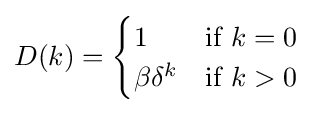
D(k)={\begin{cases}1&{\text{if }}k=0\\\beta \delta ^{k}&{\text{if }}k>0\end{cases}}